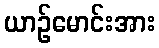
ယာဉ်မောင်းအား